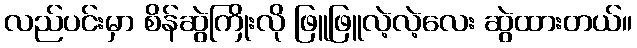
လည်ပင်းမှာ စိန်ဆွဲကြိုးလို ဖြူဖြူလဲ့လဲ့လေး ဆွဲထားတယ်။